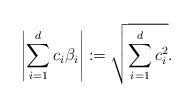
LaTeX: \begin{align*} \left|\sum_{i=1}^d c_i\beta_i\right|:=\sqrt{\sum_{i=1}^d c_i^2}.\end{align*}